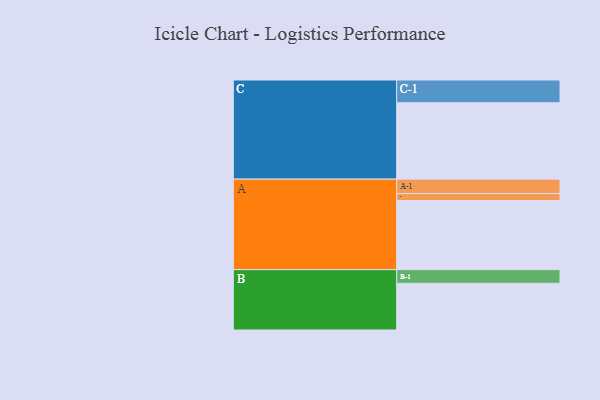
{"axis": {"x": "Segment", "y": "Value"}, "legend": ["", "A", "B", "C"], "data": [{"x": "A", "y": 522, "type": ""}, {"x": "B", "y": 353, "type": ""}, {"x": "C", "y": 577, "type": ""}, {"x": "A-1", "y": 109, "type": "A"}, {"x": "A-2", "y": 53, "type": "A"}, {"x": "B-1", "y": 103, "type": "B"}, {"x": "C-1", "y": 172, "type": "C"}]}